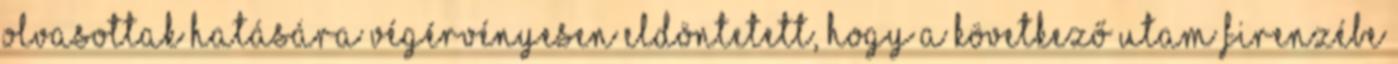
olvasottak hatására végérvényesen eldöntetett, hogy a következő utam Firenzébe